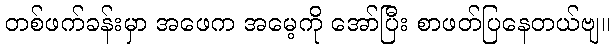
တစ်ဖက်ခန်းမှာ အဖေက အမေ့ကို အော်ပြီး စာဖတ်ပြနေတယ်ဗျ။